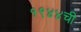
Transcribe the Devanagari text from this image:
१९४४ची